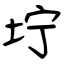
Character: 坾